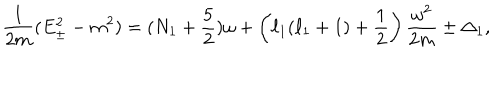
{ \frac { 1 } { 2 m } } ( E _ { \pm } ^ { 2 } - m ^ { 2 } ) = ( N _ { 1 } + { \frac { 5 } { 2 } } ) \omega + \left( \ell _ { 1 } ( \ell _ { 1 } + 1 ) + { \frac { 1 } { 2 } } \right) { \frac { \omega ^ { 2 } } { 2 m } } \pm \Delta _ { 1 } ,